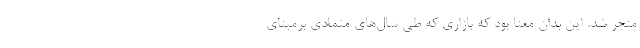
منجر شد. این بدان معنا بود که بازاری که طی سال‌های متمادی برمبنای